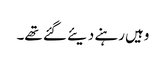
وہیں رہنے دیئے گئے تھے۔